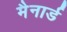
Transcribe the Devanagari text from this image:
मैनार्ड